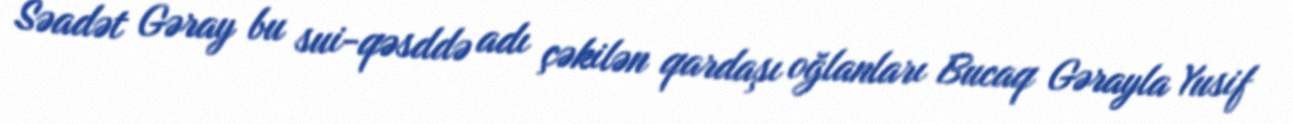
Səadət Gəray bu sui-qəsddə adı çəkilən qardaşı oğlanları Bucaq Gərayla Yusif